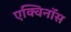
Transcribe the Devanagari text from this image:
एक्विनॉस